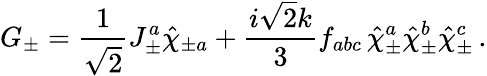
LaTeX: G_{\pm}=\frac{1}{\sqrt 2}J_{\pm}^{a}\hat{\chi}_{\pm a}+\frac{i\sqrt 2k}{3}f_{abc}\, \hat{\chi}_{\pm}^{a}\hat{\chi}_{\pm}^{b}\hat{\chi}_{\pm}^{c}\, .